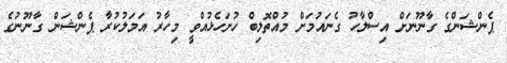
ޕެންޝަންގެ ގާނޫނަށް އިސްލާހު ގެނައުމަށް މުއްތޮލިބް ހުށަހެޅުއްވީ މިހާރު އަމަލުކުރާ ޕެންޝަން ގާނޫނުގެ